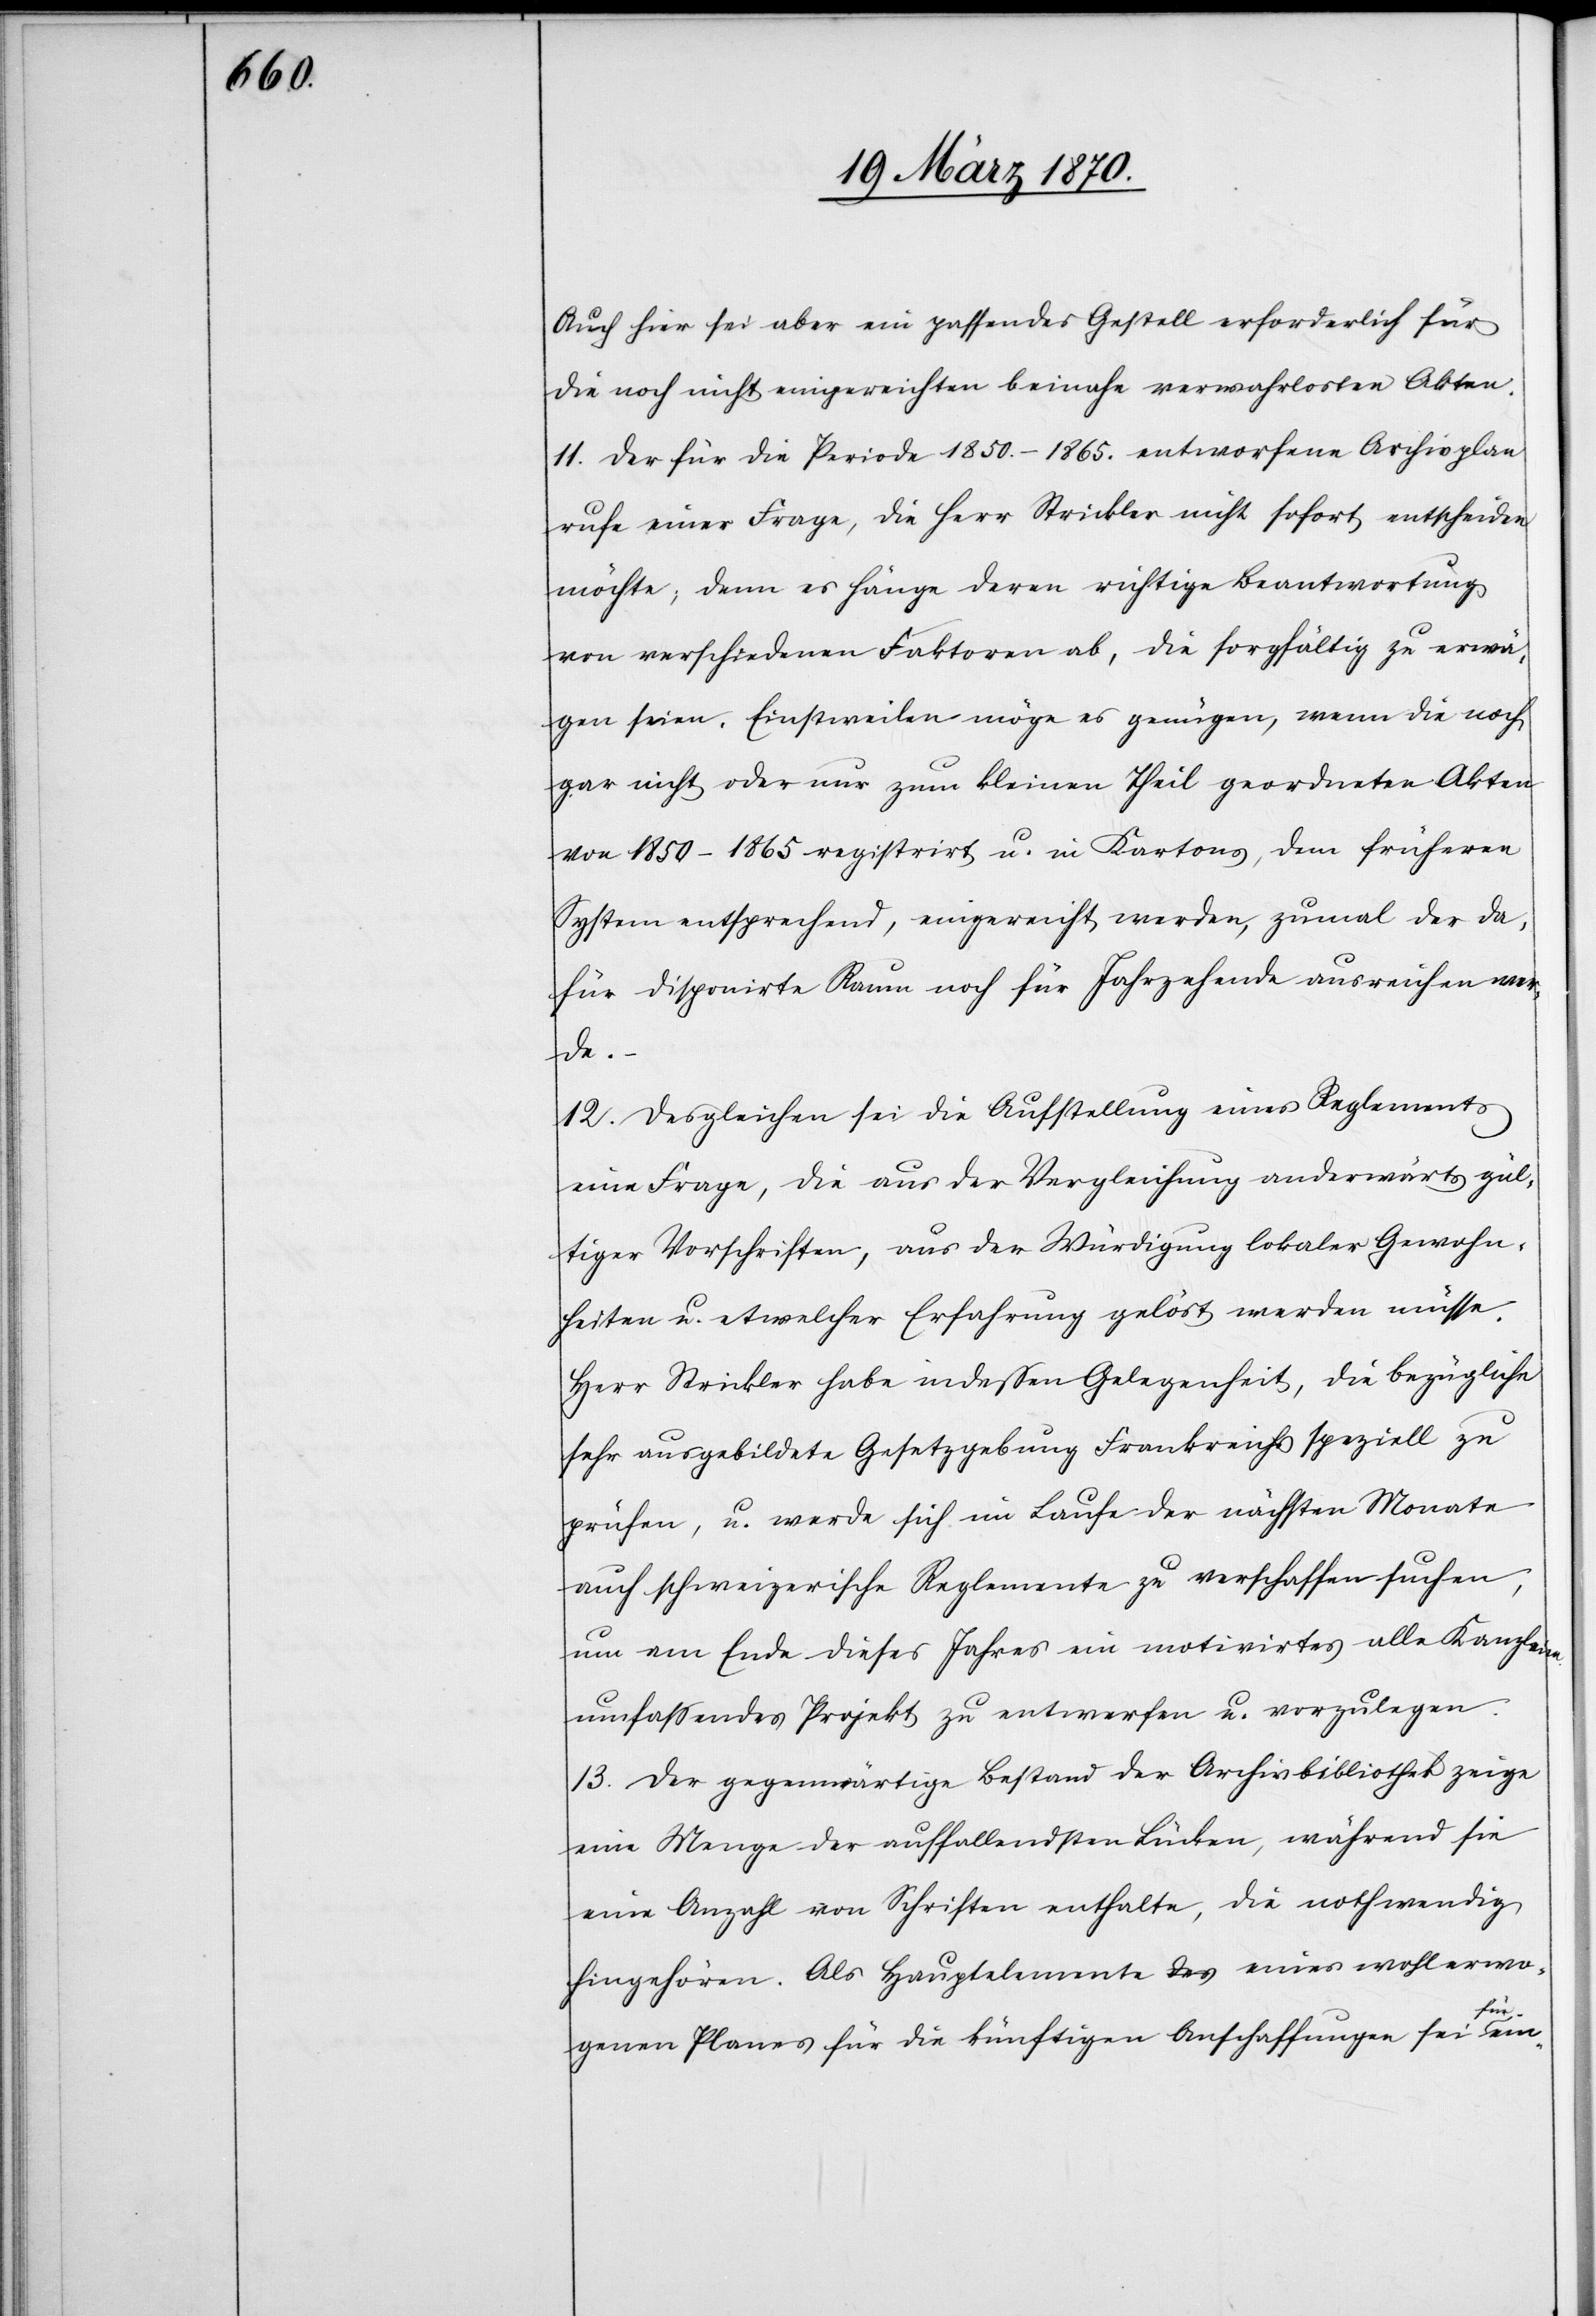
Auch hier sei aber ein passendes Gestell erforderlich für
die noch nicht eingereichten [sic!] beinahe verwahrlosten Akten.
11. Der für die Periode 1850.–1865. entworfende Archivplan
rufe einer Frage, die Herr Strickler nicht sofort entscheiden
möchte; denn es hänge deren richtige Beantwortung
von verschiedenen Faktoren ab, die sorgfältig zu erwä¬
gen seien. Einstweilen möge es genügen, wenn die noch
gar nicht oder nur zum kleinen Theil geordneten Akten
von 1850–1865 registrirt u. in Kartons, dem früheren
System entsprechend, eingereicht [sic!] werden, zumal der da¬
für disponirte Raum noch für Jahrzehende aureichen wer¬
de.
12. Desgleichen sei die Aufstellung eines Reglements
eine Frage, die aus der Vergleichung anderwärts gül¬
tiger Vorschriften, aus der Würdigung lokaler Gewohn¬
heiten u. etwelcher Erfahrung gelöst werden müsse.
Herr Strickler habe indessen Gelegenheit, die bezügliche
sehr ausgebildete Gesetzgebung Frankreichs speziell zu
prüfen, u. werde sich im Laufe der nächsten Monate
auch schweizerische Reglemente zu verschaffen suchen,
um am Ende dieses Jahres ein motivirtes alle Kanzleien
umfassendes Projekt zu entwerfen u. vorzulegen.
13. Der gegenwärtige Bestand der Archivbibliothek zeige
eine Menge der auffallendsten Lücken, während sie
eine Anzahl von Schriften enthalte, die nothwendig
hingehören. Als Hauptelemente eines wohl erwo¬
genen Plans für die künftigen Anschaffungen sei a-für-a